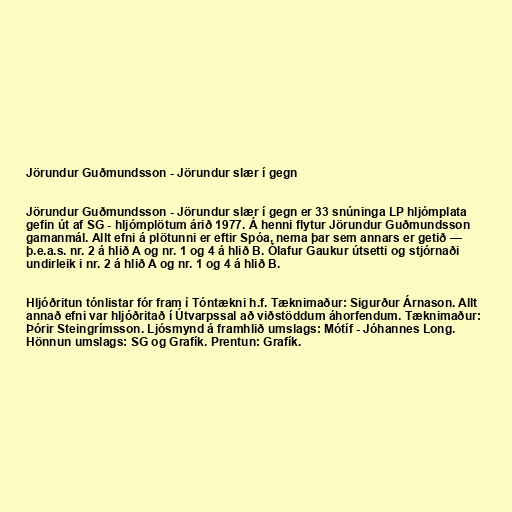
Jörundur Guðmundsson - Jörundur slær í gegn

Jörundur Guðmundsson - Jörundur slær í gegn er 33 snúninga LP hljómplata
gefin út af SG - hljómplötum árið 1977. Á henni flytur Jörundur Guðmundsson
gamanmál. Allt efni á plötunni er eftir Spóa, nema þar sem annars er getið —
þ.e.a.s. nr. 2 á hlið A og nr. 1 og 4 á hlið B. Ólafur Gaukur útsetti og stjórnaði
undirleik i nr. 2 á hlið A og nr. 1 og 4 á hlið B.

Hljóðritun tónlistar fór fram í Tóntækni h.f. Tæknimaður: Sigurður Árnason. Allt
annað efni var hljóðritað í Útvarpssal að viðstöddum áhorfendum. Tæknimaður:
Þórir Steingrímsson. Ljósmynd á framhlið umslags: Mótíf - Jóhannes Long.
Hönnun umslags: SG og Grafík. Prentun: Grafík.